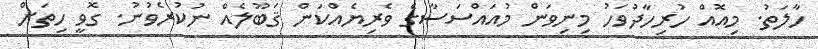
ހާލަތު. މިއޮއް ހުރިހާދުވަހު މިނިވަން މުއައްސަސާގެ ވެރިޔެއްކަން ޤަބޫލެއް ނުކުރެވުނު. ގޮވީ ހިތަށް